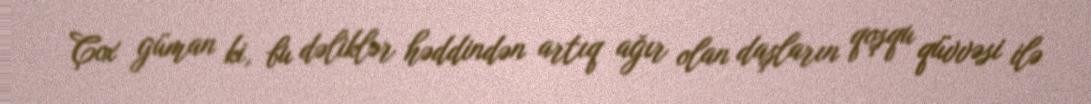
Çox güman ki, bu dəliklər həddindən artıq ağır olan daşların qoşqu qüvvəsi ilə